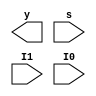

//3-bit wide 2:1 MUX
module mux3_bit_wide(y,s,I1,I0);
input s;
input [2:0] I1,I0;
output [2:0]y;
`ifdef m1
mux M1(y[2],s,I1[2],I0[2]);
mux M2(y[1],s,I1[1],I0[1]);
mux M3(y[0],s,I1[0],I0[0]);
`endif

//Another way
`ifdef m2
wire [2:0] y,I1,I0;
assign y = s ? I1:I0;
`endif
endmodule